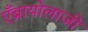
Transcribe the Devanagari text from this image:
एँब्रायोलाजी